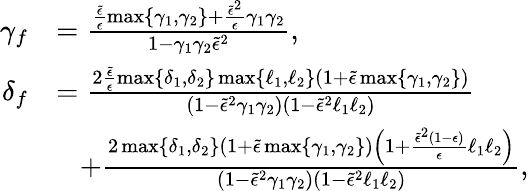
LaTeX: \begin{array}{rl}{\gamma_{f}}&{=\frac{\frac{\tilde{\epsilon}}{\epsilon}\operatorname*{max}\{ \gamma_{1},\gamma_{2}\} +\frac{\tilde{\epsilon}^{2}}{\epsilon}\gamma_{1}\gamma_{2}}{1-\gamma_{1}\gamma_{2}\tilde{\epsilon}^{2}},}\\ {\delta_{f}}&{=\frac{2\frac{\tilde{\epsilon}}{\epsilon}\operatorname*{max}\{ \delta_{1},\delta_{2}\} \operatorname*{max}\{ \ell_{1},\ell_{2}\} \left(1+\tilde{\epsilon}\operatorname*{max}\{ \gamma_{1},\gamma_{2}\} \right)}{\left(1-\tilde{\epsilon}^{2}\gamma_{1}\gamma_{2})(1-\tilde{\epsilon}^{2}\ell_{1}\ell_{2}\right)}}\\ &{\; \; \; +\frac{2\operatorname*{max}\{ \delta_{1},\delta_{2}\} \left(1+\tilde{\epsilon}\operatorname*{max}\{ \gamma_{1},\gamma_{2}\} \right)\left(1+\frac{\tilde{\epsilon}^{2}(1-\epsilon)}{\epsilon}\ell_{1}\ell_{2}\right)}{\left(1-\tilde{\epsilon}^{2}\gamma_{1}\gamma_{2})(1-\tilde{\epsilon}^{2}\ell_{1}\ell_{2}\right)},}\end{array}